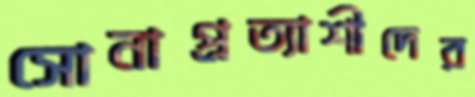
সোনাপ্রত্যাশীদের